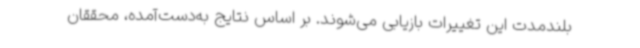
بلندمدت این تغییرات بازیابی می‌شوند. بر اساس نتایج به‌دست‌آمده، محققان